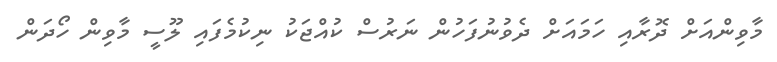
މާވިންއަށް ދޮރާއި ހަމައަށް ދެވުނުފަހުން ނަރުސް ކުއްޖަކު ނިކުމެފައި ލޫސީ މާވިން ހޯދަން